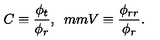
C \equiv \frac { \phi _ { t } } { \phi _ { r } } , \hspace * { 5 m m } V \equiv \frac { \phi _ { r r } } { \phi _ { r } } .